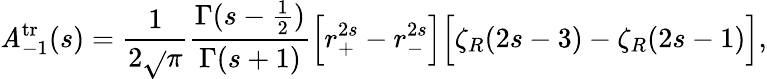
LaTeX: \mathit{A}_{-1}^{\mathrm{{tr}}}(s)={\frac{{1}}{{2\sqrt{}{{\pi}}}}}{\frac{{\Gamma(s-{\frac{{1}}{{2}}})}}{{\Gamma(s+1)}}}\Bigr[r_{+}^{2s}-r_{-}^{2s}\Bigr]\Bigr[\zeta_{R}(2s-3)-\zeta_{R}(2s-1)\Bigr],